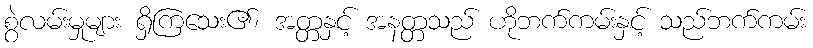
စွဲလမ်းမှုများ ရှိကြသေး၏၊ အတ္တနှင့် အနတ္တသည် ဟိုဘက်ကမ်းနှင့် သည်ဘက်ကမ်း